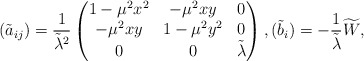
\begin{align*}(\tilde{a}_{ij})=\frac{1}{\tilde{\lambda}^2}\left(\begin{matrix}1-\mu^2x^2 & -\mu^2xy & 0 \\-\mu^2xy & 1-\mu^2y^2 & 0 \\0 & 0 & \tilde{\lambda}\end{matrix}\right),(\tilde{b}_i)=-\frac{1}{\tilde{\lambda}}\widetilde{W},\end{align*}